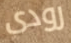
رودى